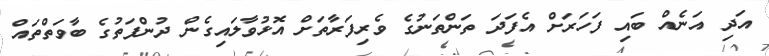
އަދި އަނެއް ބައި ފަހަރަށް އެފަދަ ތަންތަނުގެ ވެރިފަރާތަށް އޮޅުވާލައިގެން ދުންފަތުގެ ބާވަތްތައް